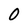
Character: 0